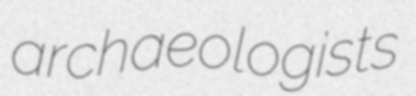
archaeologists